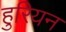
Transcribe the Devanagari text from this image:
हुरियन